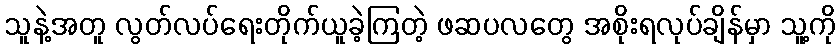
သူနဲ့အတူ လွတ်လပ်ရေးတိုက်ယူခဲ့ကြတဲ့ ဖဆပလတွေ အစိုးရလုပ်ချိန်မှာ သူ့ကို